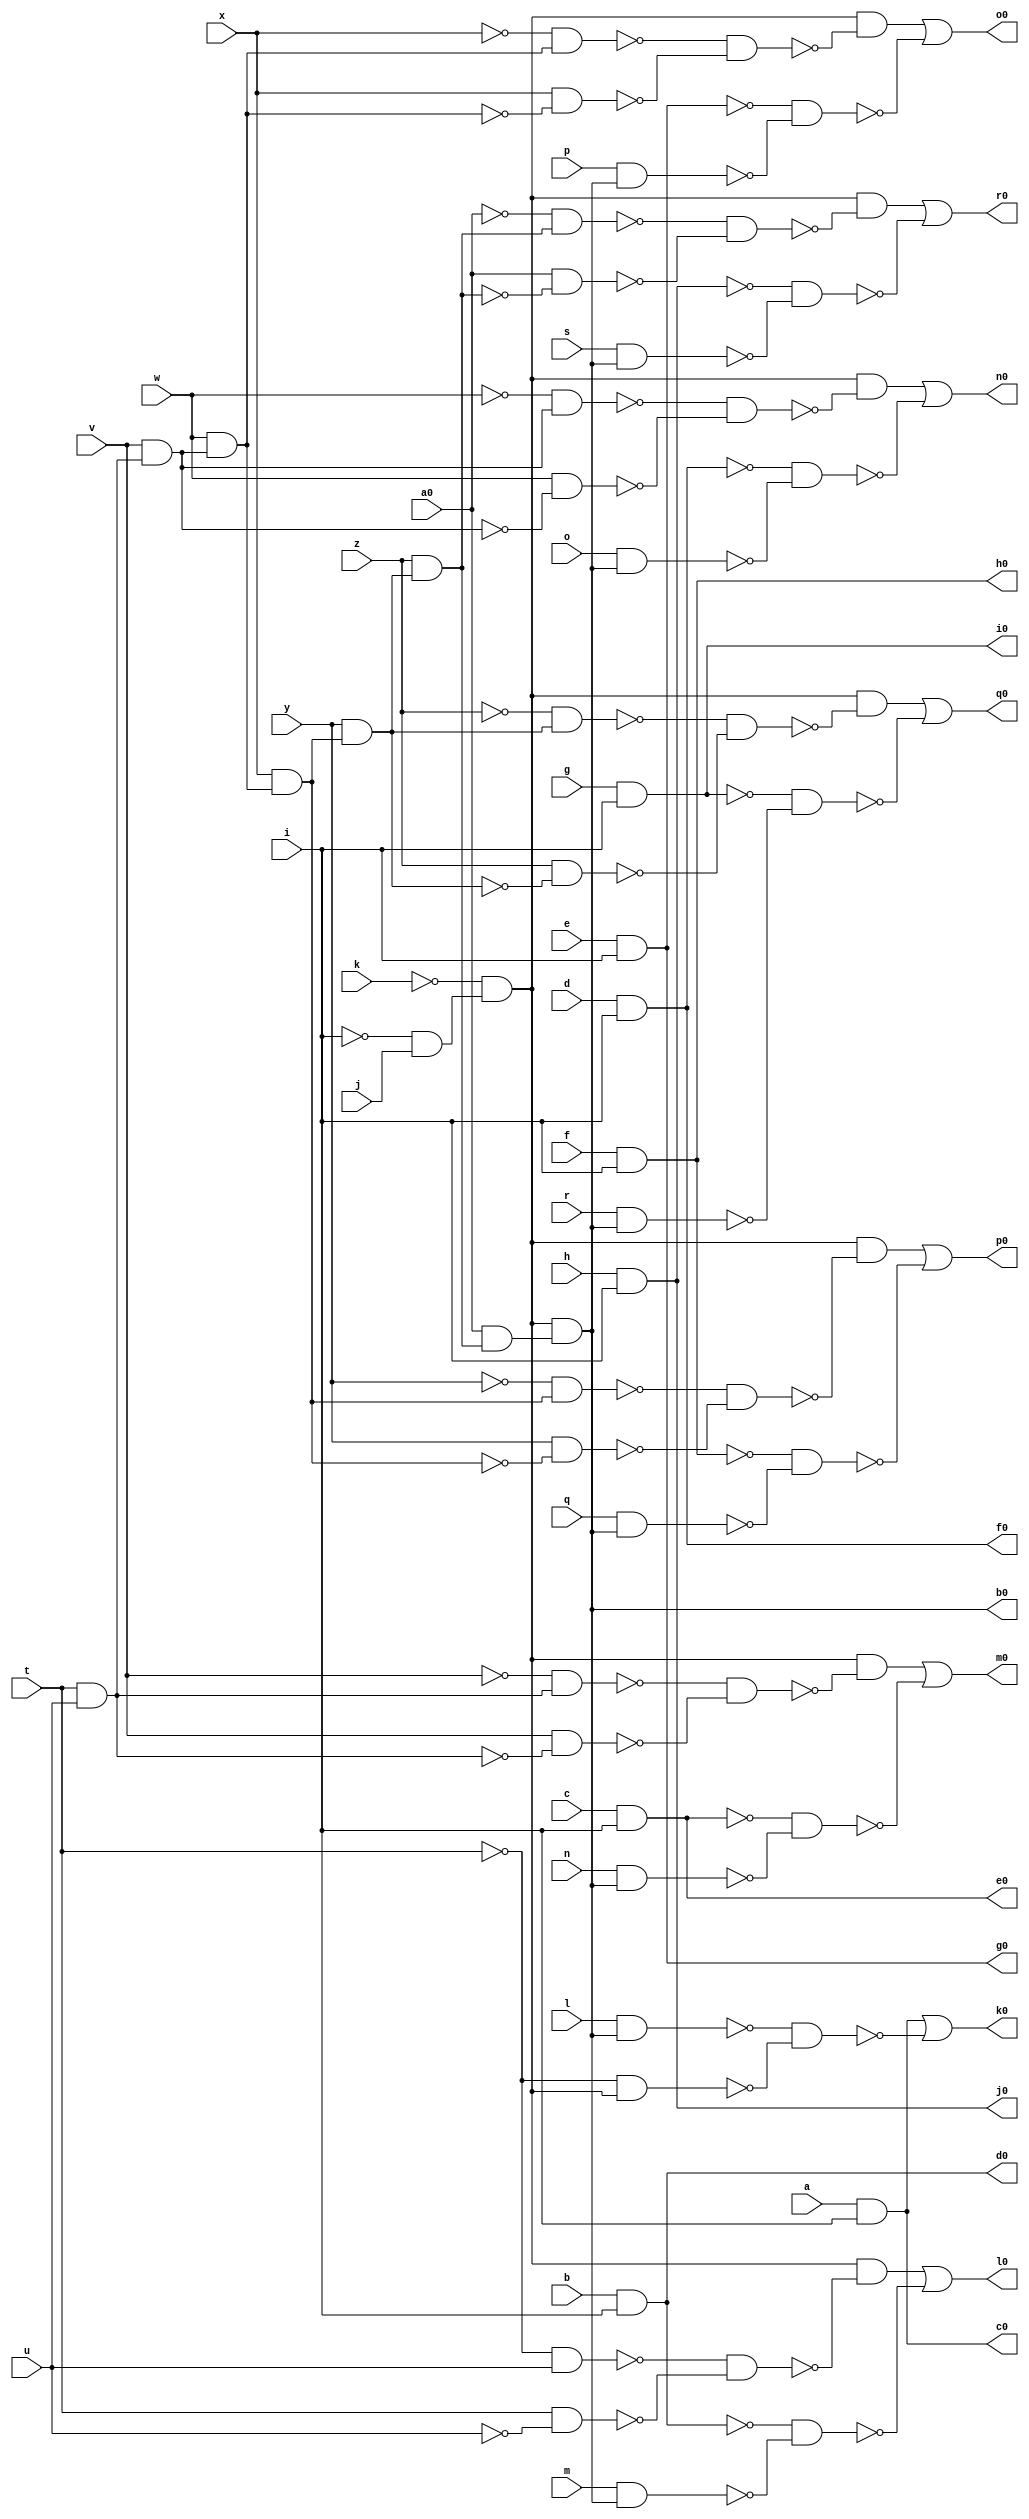
module pcler8_cl ( 
    a, b, c, d, e, f, g, h, i, j, k, l, m, n, o, p, q, r, s, t, u, v, w, x,
    y, z, a0,
    b0, c0, d0, e0, f0, g0, h0, i0, j0, k0, l0, m0, n0, o0, p0, q0, r0  );
  input  a, b, c, d, e, f, g, h, i, j, k, l, m, n, o, p, q, r, s, t, u,
    v, w, x, y, z, a0;
  output b0, c0, d0, e0, f0, g0, h0, i0, j0, k0, l0, m0, n0, o0, p0, q0, r0;
  wire new_n45_, new_n46_, new_n47_, new_n48_, new_n49_, new_n50_, new_n51_,
    new_n52_, new_n53_, new_n63_, new_n64_, new_n65_, new_n67_, new_n68_,
    new_n69_, new_n70_, new_n71_, new_n72_, new_n74_, new_n75_, new_n76_,
    new_n77_, new_n78_, new_n79_, new_n81_, new_n82_, new_n83_, new_n84_,
    new_n85_, new_n86_, new_n88_, new_n89_, new_n90_, new_n91_, new_n92_,
    new_n93_, new_n95_, new_n96_, new_n97_, new_n98_, new_n99_, new_n100_,
    new_n102_, new_n103_, new_n104_, new_n105_, new_n106_, new_n107_,
    new_n109_, new_n110_, new_n111_, new_n112_, new_n113_, new_n114_;
  assign new_n45_ = t & u;
  assign new_n46_ = v & new_n45_;
  assign new_n47_ = w & new_n46_;
  assign new_n48_ = x & new_n47_;
  assign new_n49_ = y & new_n48_;
  assign new_n50_ = z & new_n49_;
  assign new_n51_ = ~i & j;
  assign new_n52_ = ~k & new_n51_;
  assign new_n53_ = a0 & new_n50_;
  assign b0 = new_n52_ & new_n53_;
  assign c0 = a & i;
  assign d0 = b & i;
  assign e0 = c & i;
  assign f0 = d & i;
  assign g0 = e & i;
  assign h0 = f & i;
  assign i0 = g & i;
  assign j0 = h & i;
  assign new_n63_ = l & b0;
  assign new_n64_ = ~t & new_n52_;
  assign new_n65_ = ~new_n63_ & ~new_n64_;
  assign k0 = c0 | ~new_n65_;
  assign new_n67_ = ~t & u;
  assign new_n68_ = t & ~u;
  assign new_n69_ = ~new_n67_ & ~new_n68_;
  assign new_n70_ = new_n52_ & ~new_n69_;
  assign new_n71_ = m & b0;
  assign new_n72_ = ~d0 & ~new_n71_;
  assign l0 = new_n70_ | ~new_n72_;
  assign new_n74_ = ~v & new_n45_;
  assign new_n75_ = v & ~new_n45_;
  assign new_n76_ = ~new_n74_ & ~new_n75_;
  assign new_n77_ = new_n52_ & ~new_n76_;
  assign new_n78_ = n & b0;
  assign new_n79_ = ~e0 & ~new_n78_;
  assign m0 = new_n77_ | ~new_n79_;
  assign new_n81_ = ~w & new_n46_;
  assign new_n82_ = w & ~new_n46_;
  assign new_n83_ = ~new_n81_ & ~new_n82_;
  assign new_n84_ = new_n52_ & ~new_n83_;
  assign new_n85_ = o & b0;
  assign new_n86_ = ~f0 & ~new_n85_;
  assign n0 = new_n84_ | ~new_n86_;
  assign new_n88_ = ~x & new_n47_;
  assign new_n89_ = x & ~new_n47_;
  assign new_n90_ = ~new_n88_ & ~new_n89_;
  assign new_n91_ = new_n52_ & ~new_n90_;
  assign new_n92_ = p & b0;
  assign new_n93_ = ~g0 & ~new_n92_;
  assign o0 = new_n91_ | ~new_n93_;
  assign new_n95_ = ~y & new_n48_;
  assign new_n96_ = y & ~new_n48_;
  assign new_n97_ = ~new_n95_ & ~new_n96_;
  assign new_n98_ = new_n52_ & ~new_n97_;
  assign new_n99_ = q & b0;
  assign new_n100_ = ~h0 & ~new_n99_;
  assign p0 = new_n98_ | ~new_n100_;
  assign new_n102_ = ~z & new_n49_;
  assign new_n103_ = z & ~new_n49_;
  assign new_n104_ = ~new_n102_ & ~new_n103_;
  assign new_n105_ = new_n52_ & ~new_n104_;
  assign new_n106_ = r & b0;
  assign new_n107_ = ~i0 & ~new_n106_;
  assign q0 = new_n105_ | ~new_n107_;
  assign new_n109_ = ~a0 & new_n50_;
  assign new_n110_ = a0 & ~new_n50_;
  assign new_n111_ = ~new_n109_ & ~new_n110_;
  assign new_n112_ = new_n52_ & ~new_n111_;
  assign new_n113_ = s & b0;
  assign new_n114_ = ~j0 & ~new_n113_;
  assign r0 = new_n112_ | ~new_n114_;
endmodule